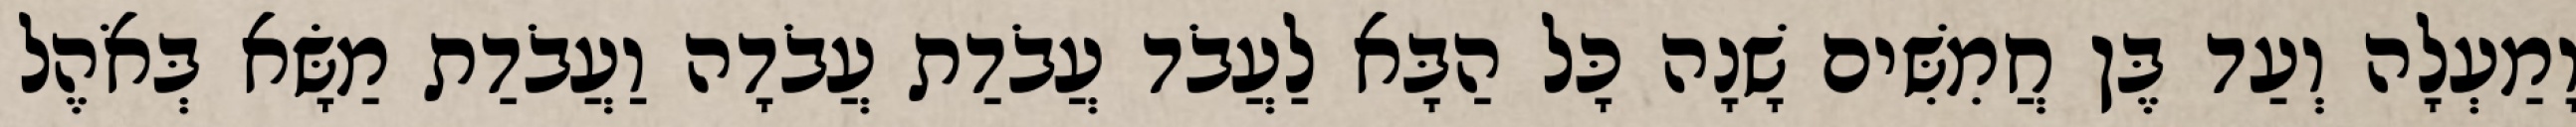
וָמַעְלָה וְעַד בֶּן חֲמִשִּׁים שָׁנָה כָּל הַבָּא לַעֲבֹד עֲבֹדַת עֲבֹדָה וַעֲבֹדַת מַשָּׂא בְּאֹהֶל